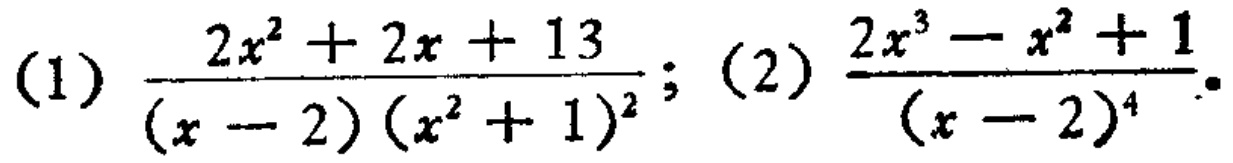
(1) \(\frac{2x^{2}+2x + 13}{(x - 2)(x^{2}+1)^{2}}\); (2) \(\frac{2x^{3}-x^{2}+1}{(x - 2)^{4}}\)